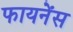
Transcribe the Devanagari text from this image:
फायनेंस